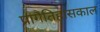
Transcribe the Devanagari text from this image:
प्रागैतिहासकाल